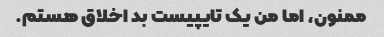
ممنون، اما من یک تایپیست بد اخلاق هستم.